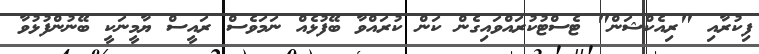
ފިކުރާއި "ރިއެކްޝަން" ޓެސްޓުކުރައްވައިގެން ކަން ކުރައްވާ ބޭފުޅެއް ނަމަވެސް ރައީސް ޔާމީނަކީ ބޭނުންފުޅުވާ